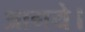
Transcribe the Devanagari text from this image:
आगये।